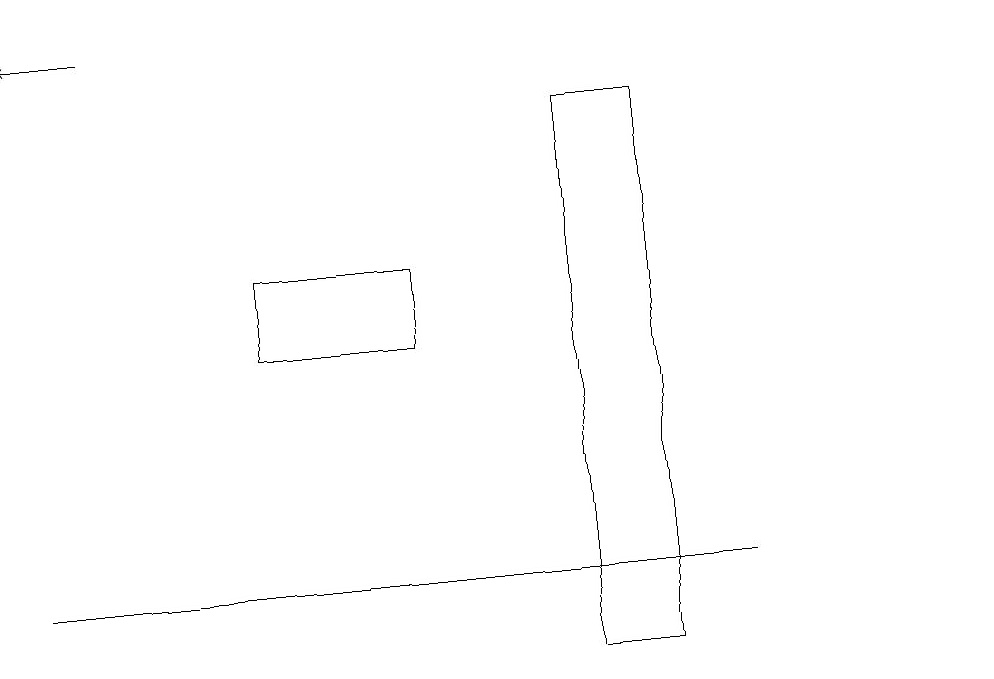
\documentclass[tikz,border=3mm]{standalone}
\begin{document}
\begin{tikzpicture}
\draw (7,17) rectangle (8,10);
\draw (12,11) circle (0);
\draw (9,11) rectangle (0,11);
\draw (5,14) rectangle (3,15);
\draw[->] (1,18) -- (0,18);
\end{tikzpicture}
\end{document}